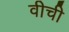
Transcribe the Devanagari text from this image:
वीची